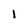
Character: 1